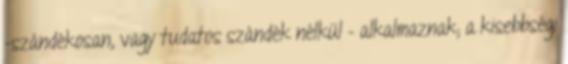
-szándékosan, vagy tudatos szándék nélkül – alkalmaznak; a kisebbségi